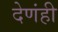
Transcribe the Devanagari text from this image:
देणंही